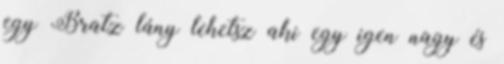
egy Bratz lány lehetsz aki egy igen nagy és